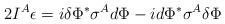
LaTeX: \begin{align*}2 I^A \epsilon = i\delta \Phi^* \sigma^A d\Phi - id\Phi^* \sigma^A\delta \Phi\end{align*}